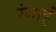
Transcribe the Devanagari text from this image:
रंगाईं